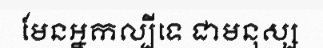
មែនអ្នកល្បីទេ ជាមនុស្ស